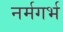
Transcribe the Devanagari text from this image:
नर्मगर्भ